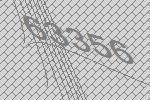
63356